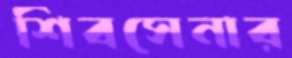
শিবসেনার